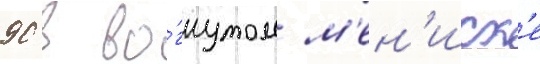
90 в во́гнутом м'ен'иск'е